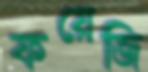
ফয়েজি